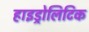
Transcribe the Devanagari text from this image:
हाइड्रोलिटिक